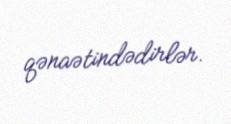
qənaətindədirlər.